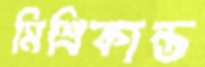
মিশ্রিকান্ত